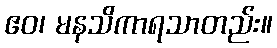
ဧဝ၊ မနသိကာရသာတည်း။